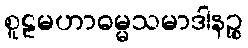
စူဠမဟာဓမ္မသမာဒါနဉ္စ